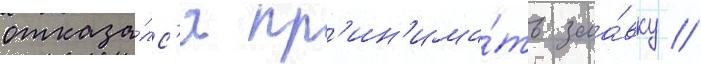
отказа́лс'я пр'ин'има́ть заа́вку //